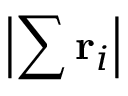
\left| \sum \mathbf { r } _ { i } \right|